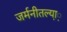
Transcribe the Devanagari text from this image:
जर्मनीतल्या़़